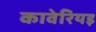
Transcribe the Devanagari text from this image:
कावेरियइ